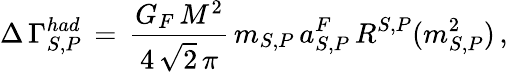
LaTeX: \Delta\, \Gamma_{S,P}^{had}\, =\, \frac{G_{F}\, M^{2}}{4\, \sqrt{2}\, \pi}\, m_{S,P}\, a_{S,P}^{F}\, R^{S,P}(m_{S,P}^{2})\, ,